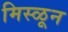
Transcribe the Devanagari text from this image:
मिस्ळून